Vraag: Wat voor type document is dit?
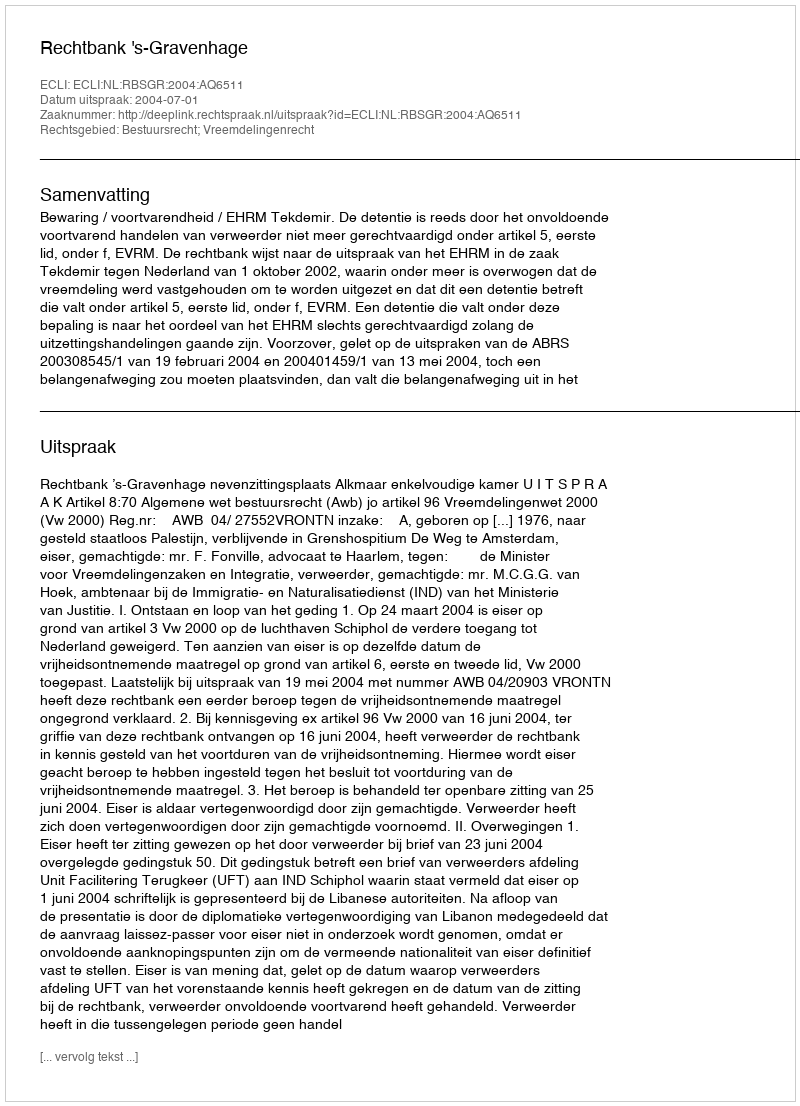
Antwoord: Uitspraak